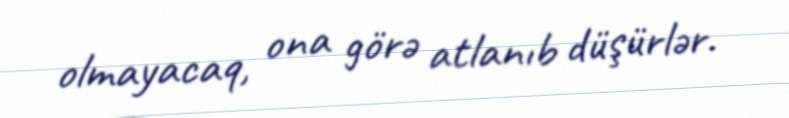
olmayacaq, ona görə atlanıb düşürlər.